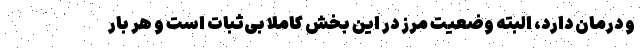
و درمان دارد، البته وضعیت مرز در این بخش کاملا بی‌ثبات است و هر بار